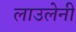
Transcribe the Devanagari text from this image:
लाउलेनी